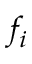
f _ { i }